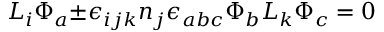
{ \cal L } _ { i } { \Phi } _ { a } { \pm } { \epsilon } _ { i j k } n _ { j } { \epsilon } _ { a b c } { \Phi } _ { b } { \cal L } _ { k } { \Phi } _ { c } = 0